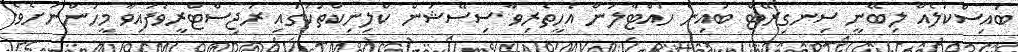
ބައިސްކަލެއް ލިބޭނީ ސިނގިރޭޓް ބުއިން ހުއްޓާލަން އެހީތެރިވާ ސިސޭޝަން ކްލިނިކްތަކުގައި ރަޖިސްޓްރީވެފައިވާ މީހުންނަށެވެ.